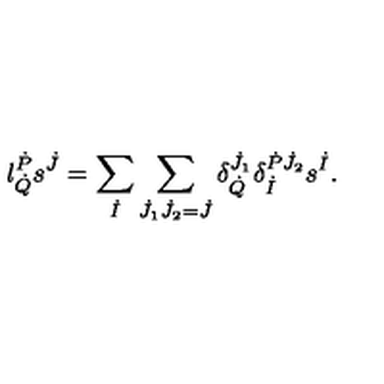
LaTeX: l _ { \dot { Q } } ^ { \dot { P } } s ^ { \dot { J } } = \sum _ { \dot { I } } \sum _ { \dot { J } _ { 1 } \dot { J } _ { 2 } = \dot { J } } \delta _ { \dot { Q } } ^ { \dot { J } _ { 1 } } \delta _ { \dot { I } } ^ { \dot { P } \dot { J } _ { 2 } } s ^ { \dot { I } } .